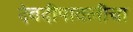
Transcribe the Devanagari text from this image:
देवदीपावलीचा